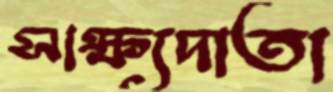
সাক্ষ্যদাতা